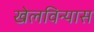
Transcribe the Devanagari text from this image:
खेलविन्यास